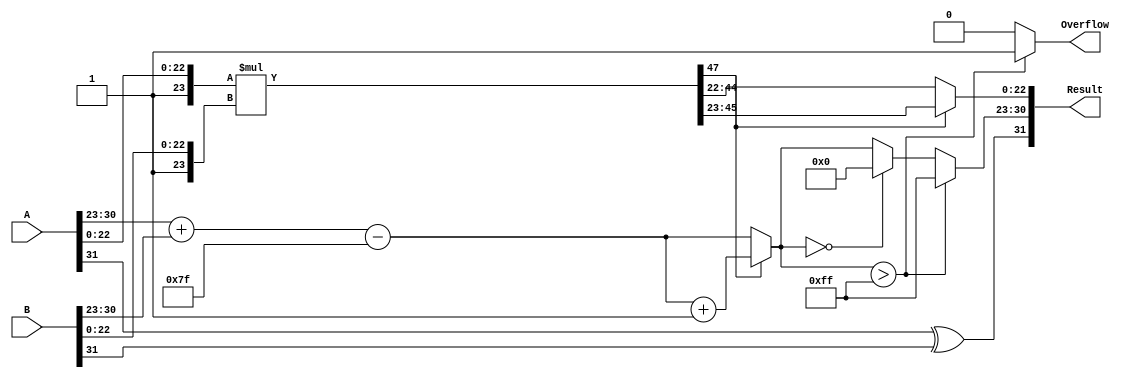
module FP_Multiplier (
    input  wire [31:0] A,          // First floating-point number (IEEE 754)
    input  wire [31:0] B,          // Second floating-point number (IEEE 754)
    output reg  [31:0] Result,     // Result of multiplication
    output reg         Overflow      // Overflow flag
);

    // Constants
    localparam BIAS = 8'd127;       // Bias for single-precision
    localparam MAX_EXP = 8'd255;    // Maximum exponent value

    // Internal signals
    wire signA, signB, signResult;
    wire [7:0] expA, expB, expResult;
    wire [23:0] mantA, mantB, mantProduct;
    wire [47:0] mantProductExtended; // Extended for normalization
    wire [8:0] biasedExp;            // Intermediate biased exponent
    wire [24:0] mantissa;            // Normalized mantissa
    reg [7:0] finalExp;
    
    // Extract sign, exponent, and mantissa
    assign signA = A[31];
    assign signB = B[31];
    assign expA = A[30:23];
    assign expB = B[30:23];
    assign mantA = {1'b1, A[22:0]};  // Add implicit leading 1
    assign mantB = {1'b1, B[22:0]};  // Add implicit leading 1

    // Multiply mantissas
    assign mantProductExtended = mantA * mantB;
    
    // Calculate biased exponent
    assign biasedExp = expA + expB - BIAS;
    
    // Determine normalization
    always @(*) begin
        Overflow = 0;
        if (mantProductExtended[47]) begin
            // If leading bit is in 25th position, we need to normalize
            mantissa = mantProductExtended[46:23]; // Shift right
            finalExp = biasedExp + 1;               // Increment exponent
        end else begin
            // No shift needed
            mantissa = mantProductExtended[45:22];
            finalExp = biasedExp;
        end
        
        // Check for overflow
        if (finalExp > MAX_EXP) begin
            Overflow = 1;
            finalExp = MAX_EXP; // Cap to max value
        end else if (finalExp == 0) begin
            finalExp = 0; // Underflow to zero
        end
    end

    // Calculate the final sign result
    assign signResult = signA ^ signB;

    // Assemble the final result
    always @(*) begin
        Result = {signResult, finalExp, mantissa[22:0]};
    end

endmodule